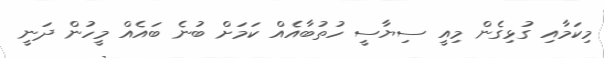
މިކަމާއި ގުޅިގެން މިއީ ސިޔާސީ ހުތުބާއެއް ކަމަށް ބުނެ ބައެއް މީހުން ދަނީ